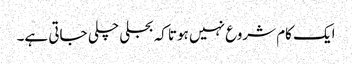
ایک کام شروع نہیں ہوتا کہ بجلی چلی جاتی ہے۔